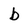
Character: b